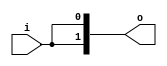

`ifdef BSV_ASSIGNMENT_DELAY
`else
`define BSV_ASSIGNMENT_DELAY
`endif

module Fork(i, o);

   parameter iw = 1;
   parameter ow = 2;

   input [iw - 1 : 0] i;
   
   output [ow - 1 : 0] o;

   assign 		      o = { i, i };
   
endmodule